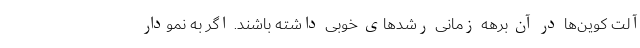
آلت کوین‌ها در آن برهه زمانی رشدهای خوبی داشته باشند. اگر به نمودار